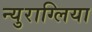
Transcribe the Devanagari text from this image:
न्युराग्लिया